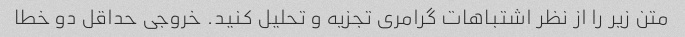
متن زیر را از نظر اشتباهات گرامری تجزیه و تحلیل کنید. خروجی حداقل دو خطا